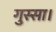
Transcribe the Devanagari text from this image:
गुस्सा।